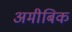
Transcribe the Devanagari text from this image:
अमीबिक